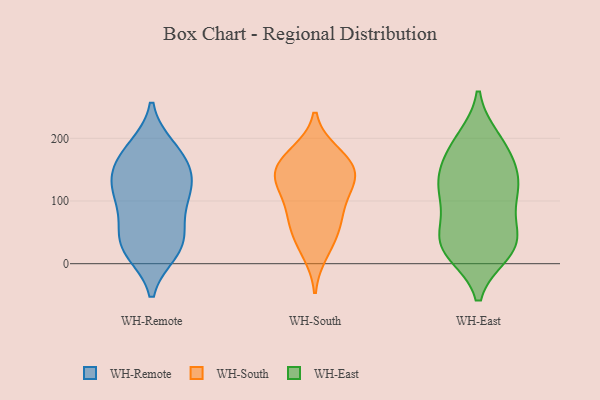
{"axis": {"x": "Latency (ms)", "y": "Value"}, "legend": ["WH-East", "WH-Remote", "WH-South"], "data": [{"x": "", "y": 150, "type": "WH-Remote"}, {"x": "", "y": 184, "type": "WH-Remote"}, {"x": "", "y": 62, "type": "WH-Remote"}, {"x": "", "y": 24, "type": "WH-Remote"}, {"x": "", "y": 97, "type": "WH-Remote"}, {"x": "", "y": 113, "type": "WH-Remote"}, {"x": "", "y": 136, "type": "WH-Remote"}, {"x": "", "y": 120, "type": "WH-Remote"}, {"x": "", "y": 108, "type": "WH-Remote"}, {"x": "", "y": 32, "type": "WH-Remote"}, {"x": "", "y": 19, "type": "WH-Remote"}, {"x": "", "y": 149, "type": "WH-Remote"}, {"x": "", "y": 169, "type": "WH-Remote"}, {"x": "", "y": 185, "type": "WH-Remote"}, {"x": "", "y": 54, "type": "WH-Remote"}, {"x": "", "y": 23, "type": "WH-Remote"}, {"x": "", "y": 81, "type": "WH-South"}, {"x": "", "y": 176, "type": "WH-South"}, {"x": "", "y": 77, "type": "WH-South"}, {"x": "", "y": 120, "type": "WH-South"}, {"x": "", "y": 60, "type": "WH-South"}, {"x": "", "y": 18, "type": "WH-South"}, {"x": "", "y": 41, "type": "WH-South"}, {"x": "", "y": 124, "type": "WH-South"}, {"x": "", "y": 171, "type": "WH-South"}, {"x": "", "y": 154, "type": "WH-South"}, {"x": "", "y": 153, "type": "WH-South"}, {"x": "", "y": 129, "type": "WH-South"}, {"x": "", "y": 145, "type": "WH-South"}, {"x": "", "y": 33, "type": "WH-East"}, {"x": "", "y": 106, "type": "WH-East"}, {"x": "", "y": 132, "type": "WH-East"}, {"x": "", "y": 66, "type": "WH-East"}, {"x": "", "y": 42, "type": "WH-East"}, {"x": "", "y": 20, "type": "WH-East"}, {"x": "", "y": 198, "type": "WH-East"}, {"x": "", "y": 183, "type": "WH-East"}, {"x": "", "y": 96, "type": "WH-East"}, {"x": "", "y": 18, "type": "WH-East"}, {"x": "", "y": 133, "type": "WH-East"}, {"x": "", "y": 25, "type": "WH-East"}, {"x": "", "y": 163, "type": "WH-East"}, {"x": "", "y": 122, "type": "WH-East"}, {"x": "", "y": 193, "type": "WH-East"}, {"x": "", "y": 135, "type": "WH-East"}, {"x": "", "y": 35, "type": "WH-East"}]}